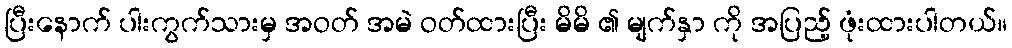
ပြီးနောက် ပါးကွက်သားမှ အဝတ် အမဲ ဝတ်ထားပြီး မိမိ ၏ မျက်နှာ ကို အပြည့် ဖုံးထားပါတယ်။